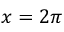
x = 2 \pi